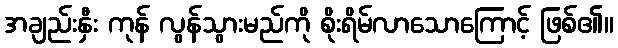
အချည်းနှီး ကုန် လွန်သွားမည်ကို စိုးရိမ်လာသောကြောင့် ဖြစ်၏။